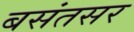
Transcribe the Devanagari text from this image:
बसंतसर